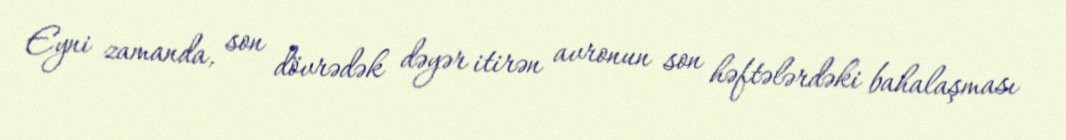
Eyni zamanda, son dövrədək dəyər itirən avronun son həftələrdəki bahalaşması